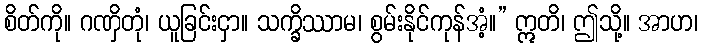
စိတ်ကို။ ဂဏှိတုံ၊ ယူခြင်းငှာ။ သက္ခိဿာမ၊ စွမ်းနိုင်ကုန်အံ့။” ဣတိ၊ ဤသို့။ အာဟ၊